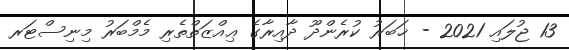
13 ޖުލައި 2021 - ޚަބަރު ކުރެންދޫ ދާއިރާގެ ޢިއްޒަތްތެރި މެމްބަރު މިނިސްޓަރ